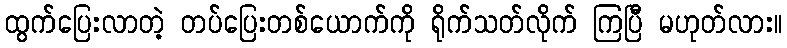
ထွက်ပြေးလာတဲ့ တပ်ပြေးတစ်ယောက်ကို ရိုက်သတ်လိုက် ကြပြီ မဟုတ်လား။